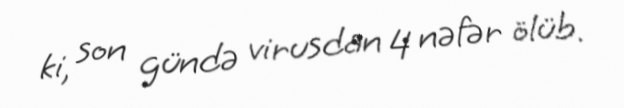
ki, son gündə virusdan 4 nəfər ölüb.